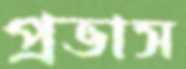
প্রভাস